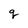
Character: q